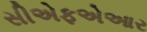
સીએફએઆર